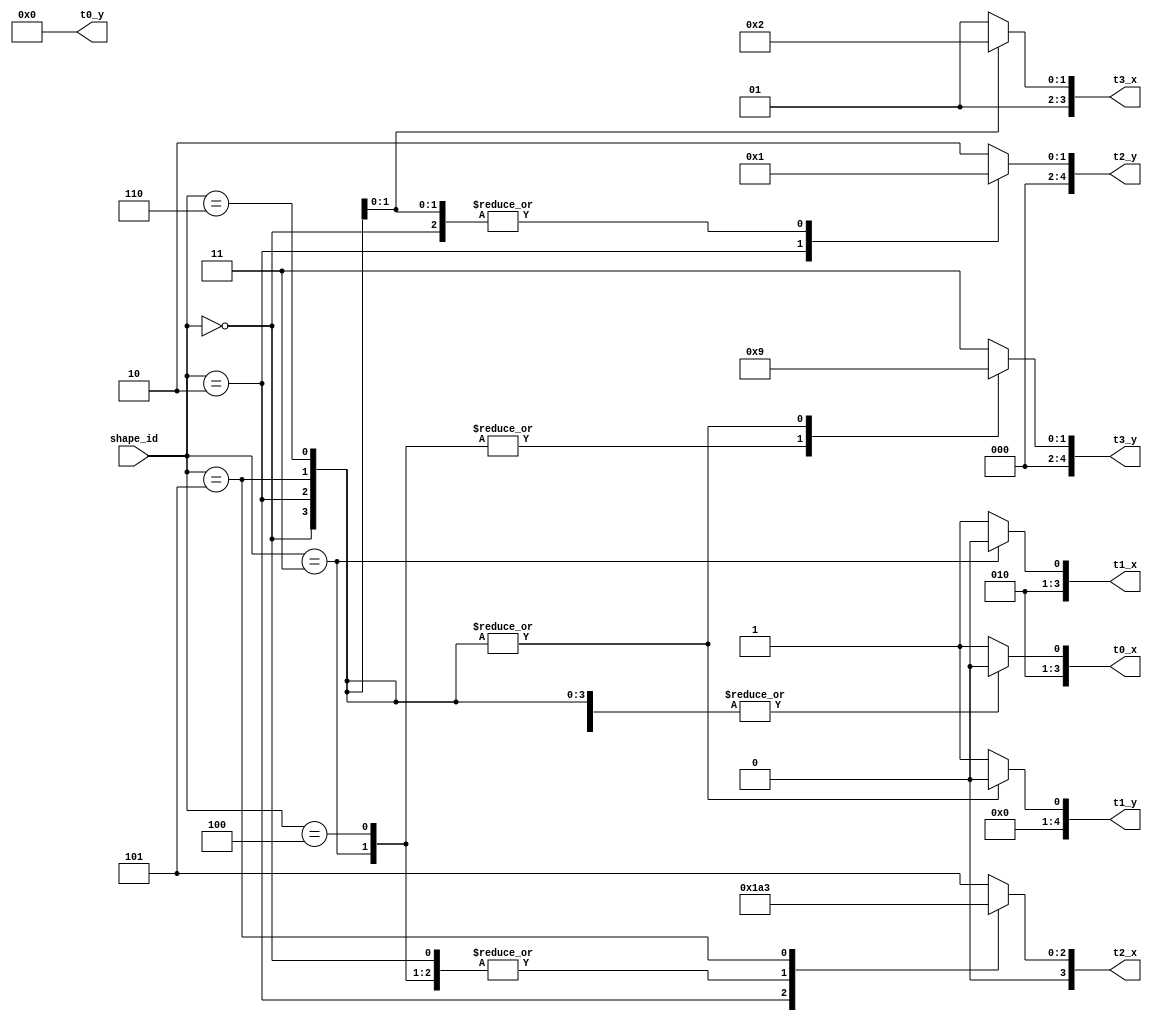
module shape_recognisor(
    input [2:0]shape_id,
    output reg [3:0] t0_x,
    output reg [3:0] t1_x,
    output reg [3:0] t2_x,
    output reg [3:0] t3_x,
    output reg [4:0] t0_y,
    output reg [4:0] t1_y,
    output reg [4:0] t2_y,
    output reg [4:0] t3_y
);

always@(*) begin
    case(shape_id)
        3'd0: begin // O
            t0_x <= 4'd4;
            t0_y <= 5'd0;
            t1_x <= 4'd5;
            t1_y <= 5'd0;
            t2_x <= 4'd4;
            t2_y <= 5'd1;
            t3_x <= 4'd5;
            t3_y <= 5'd1;
        end
        3'd1: begin // I
            t0_x <= 4'd5;
            t0_y <= 5'd0;
            t1_x <= 4'd5;
            t1_y <= 5'd1;
            t2_x <= 4'd5;
            t2_y <= 5'd2;
            t3_x <= 4'd5;
            t3_y <= 5'd3;
        end
        3'd2: begin // T
            t0_x <= 4'd4;
            t0_y <= 5'd0;
            t1_x <= 4'd5;
            t1_y <= 5'd0;
            t2_x <= 4'd6;
            t2_y <= 5'd0;
            t3_x <= 4'd5;
            t3_y <= 5'd1;
        end
        3'd3: begin // L
            t0_x <= 4'd4;
            t0_y <= 5'd0;
            t1_x <= 4'd4;
            t1_y <= 5'd1;
            t2_x <= 4'd4;
            t2_y <= 5'd2;
            t3_x <= 4'd5;
            t3_y <= 5'd2;
        end
        3'd4: begin // J
            t0_x <= 4'd5;
            t0_y <= 5'd0;
            t1_x <= 4'd5;
            t1_y <= 5'd1;
            t2_x <= 4'd4;
            t2_y <= 5'd2;
            t3_x <= 4'd5;
            t3_y <= 5'd2;
        end
        3'd5: begin // S
            t0_x <= 4'd4;
            t0_y <= 5'd0;
            t1_x <= 4'd5;
            t1_y <= 5'd0;
            t2_x <= 4'd3;
            t2_y <= 5'd1;
            t3_x <= 4'd4;
            t3_y <= 5'd1;
        end
        3'd6: begin // Z
            t0_x <= 4'd4;
            t0_y <= 5'd0;
            t1_x <= 4'd5;
            t1_y <= 5'd0;
            t2_x <= 4'd5;
            t2_y <= 5'd1;
            t3_x <= 4'd6;
            t3_y <= 5'd1;
        end
        default: begin // I
            t0_x <= 4'd5;
            t0_y <= 5'd0;
            t1_x <= 4'd5;
            t1_y <= 5'd1;
            t2_x <= 4'd5;
            t2_y <= 5'd2;
            t3_x <= 4'd5;
            t3_y <= 5'd3;
        end
    endcase
end

endmodule